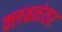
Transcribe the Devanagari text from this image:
क्लबनंतर